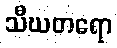
သီဃတရော